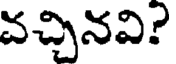
వచ్చినవి?